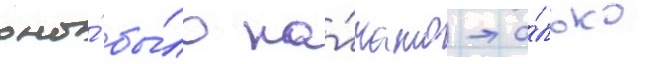
оно́ бы́ло на́чато то́лько